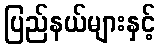
ပြည်နယ်များနှင့်